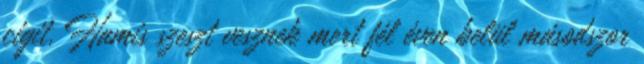
cigit. Hamis szeszt vesznek mert fél éven belül másodszor